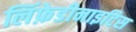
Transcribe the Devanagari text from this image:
लिंफ़ेडीनाइटिस